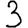
Digit: 3